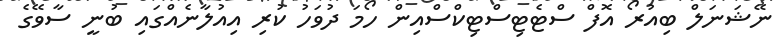
ނޭޝަނަލް ބިއުރޯ އޮފް ސްޓެޓިސްޓިކްސްއިން ހޯމަ ދުވަހު ކުރި އިއުލާނެއްގައި ބުނީ ސާވޭގެ